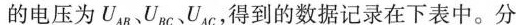
的电压为UAUBc UAc，得到的数据记录在下表中。分